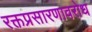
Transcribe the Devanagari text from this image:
रक्तप्रसारणावरोध